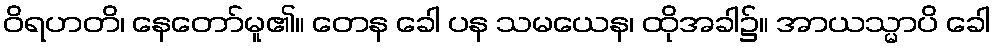
ဝိရဟတိ၊ နေတော်မူ၏။ တေန ခေါ ပန သမယေန၊ ထိုအခါ၌။ အာယသ္မာပိ ခေါ